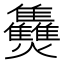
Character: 𤓪